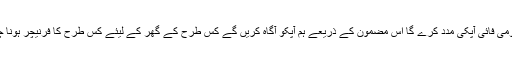
یہاں ہومی فائی آپکی مدد کرے گا اس مضمون کے ذریعے ہم آپکو آگاہ کریں گے کس طرح کے گھر کے لیئے کس طرح کا فرنیچر ہونا چاہیے۔